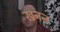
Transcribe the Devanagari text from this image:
ख़नन